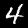
Digit: 4